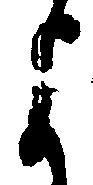
よ